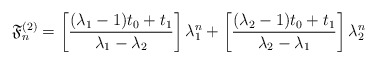
\begin{align*}\mathfrak{F}_n^{(2)}=\left[\displaystyle \frac{(\lambda_1 - 1)t_0 + t_1}{\lambda_1 - \lambda_2}\right]\lambda_1^n +\left[\displaystyle \frac{(\lambda_2 - 1)t_0 + t_1}{\lambda_2 - \lambda_1}\right]\lambda_2^n\end{align*}